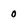
Character: o